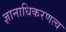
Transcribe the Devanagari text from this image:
ज्ञानाधिकरणत्व